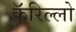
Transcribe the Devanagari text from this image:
कॅरिल्लो